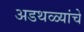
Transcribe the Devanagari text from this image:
अडथळ्यांचे